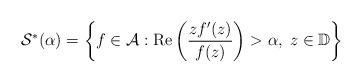
LaTeX: \begin{align*}\mathcal{S}^*(\alpha)=\bigg\{f\in\mathcal{A}: {\rm Re}\left(\frac{zf^{\prime}(z)}{f(z)}\right)>\alpha,\; z\in\mathbb{D}\bigg\}\end{align*}